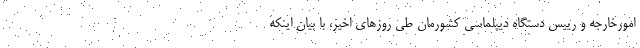
امورخارجه و رییس دستگاه دیپلماسی کشورمان طی روزهای اخیر، با بیان اینکه